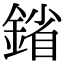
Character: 𨩠